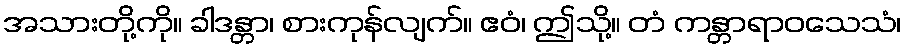
အသားတို့ကို။ ခါဒန္တာ၊ စားကုန်လျက်။ ဧဝံ၊ ဤသို့။ တံ ကန္တာရာဝသေသံ၊